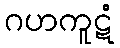
ဂဟကူဋံ